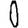
Digit: 0